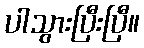
ပါသွားပြီးပြီ။